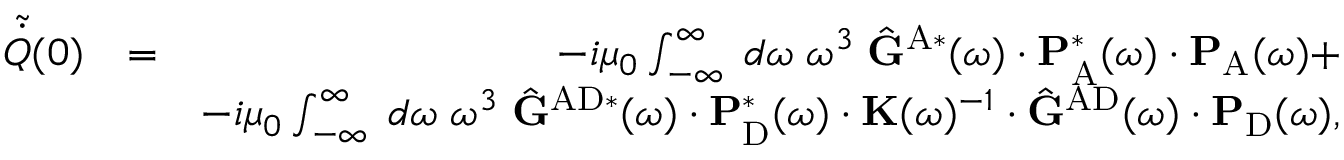
\begin{array} { r l r } { \tilde { \dot { Q } } ( 0 ) } & { = } & { - i \mu _ { 0 } \int _ { - \infty } ^ { \infty } \; d \omega \; \omega ^ { 3 } \; \hat { \mathbf { G } } ^ { \mathrm { A } * } ( \omega ) \cdot \mathbf { P } _ { \mathrm { A } } ^ { * } ( \omega ) \cdot \mathbf { P } _ { \mathrm { A } } ( \omega ) + } \\ & { } & { - i \mu _ { 0 } \int _ { - \infty } ^ { \infty } \; d \omega \; \omega ^ { 3 } \; \hat { \mathbf { G } } ^ { \mathrm { A D } * } ( \omega ) \cdot \mathbf { P } _ { \mathrm { D } } ^ { * } ( \omega ) \cdot \mathbf { K } ( \omega ) ^ { - 1 } \cdot \hat { \mathbf { G } } ^ { \mathrm { A D } } ( \omega ) \cdot \mathbf { P } _ { \mathrm { D } } ( \omega ) , } \end{array}